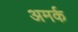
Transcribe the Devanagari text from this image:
अमर्क